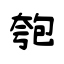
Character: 匏